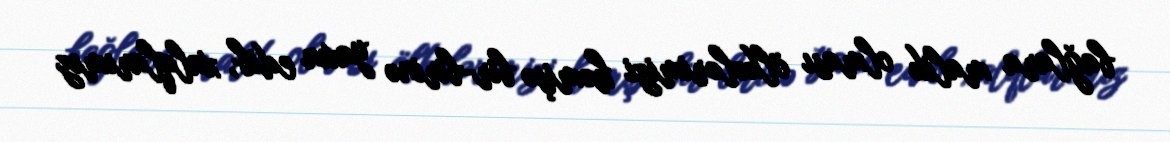
bağlara malik olması ölkələrimizi həmişə bir-birinə yaxın edib, xalqlarımız